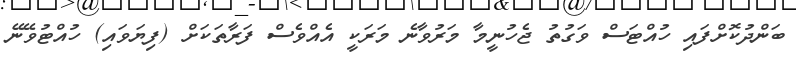
ބަންދުކޮށްފައި ހުއްޓަސް ވަގުތު ޖެހުނީމާ މަރުވާނެ މަރަކީ އެއްވެސް ފަރާތަކަށް (ފިޔަވައި) ހުއްޓުވޭނޭ